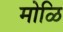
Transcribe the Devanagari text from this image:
मोळि